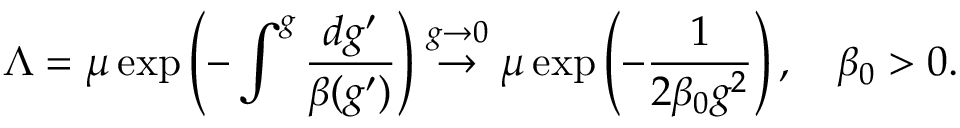
\Lambda = \mu \exp \left( - \int ^ { g } \frac { d g ^ { \prime } } { \beta ( g ^ { \prime } ) } \right) \stackrel { g \to 0 } { \rightarrow } \mu \exp \left( - \frac 1 { 2 \beta _ { 0 } g ^ { 2 } } \right) , \quad \beta _ { 0 } > 0 .